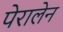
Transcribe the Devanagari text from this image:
पेरालेन